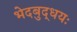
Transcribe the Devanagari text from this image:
भेदबुद्धयः